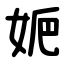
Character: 㛂